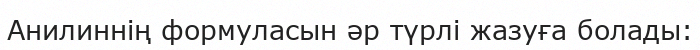
Анилиннің формуласын әр түрлі жазуға болады: